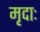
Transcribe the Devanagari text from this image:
मृदाः